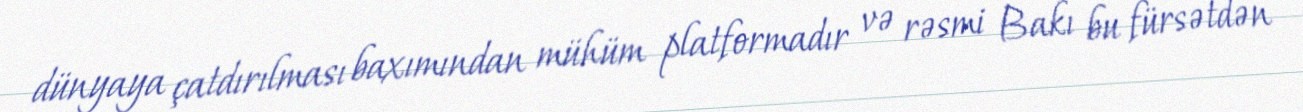
dünyaya çatdırılması baxımından mühüm platformadır və rəsmi Bakı bu fürsətdən